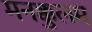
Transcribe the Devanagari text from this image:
मनक्कुलम